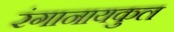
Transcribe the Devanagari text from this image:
रंगानायकुल